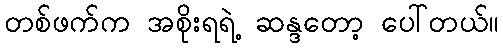
တစ်ဖက်က အစိုးရရဲ့ ဆန္ဒတော့ ပေါ်တယ်။